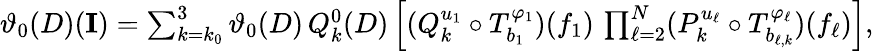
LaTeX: \begin{array}{r}{\vartheta_{0}(D)(\textbf{I})=\sum_{k=k_{0}}^{3}\vartheta_{0}(D)\, Q_{k}^{0}(D)\left[(Q_{k}^{u_{1}}\circ T_{b_{1}}^{\varphi_{1}})(f_{1})\, \prod_{\ell=2}^{N}(P_{k}^{u_{\ell}}\circ T_{b_{\ell,k}}^{\varphi_{\ell}})(f_{\ell})\right],}\end{array}